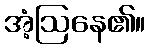
အံ့ဩနေ၏။